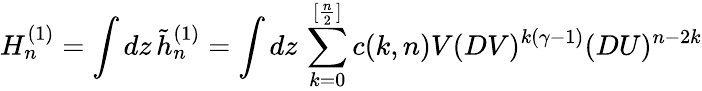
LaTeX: H_{n}^{(1)}=\int dz\, \tilde{h}_{n}^{(1)}=\int dz\, \sum_{k=0}^{[{\frac{n}{2}}]}c(k,n)V(DV)^{k(\gamma-1)}(DU)^{n-2k}